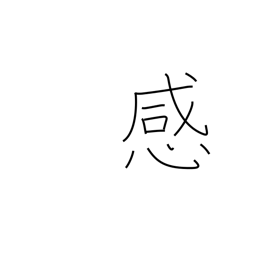
Meaning: feeling